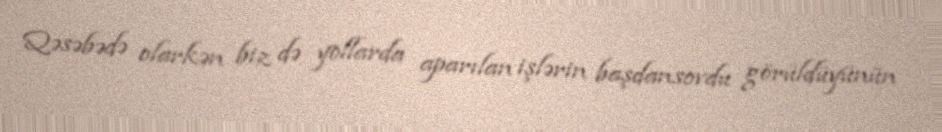
Qəsəbədə olarkən biz də yollarda aparılan işlərin başdansovdu görüldüyünün